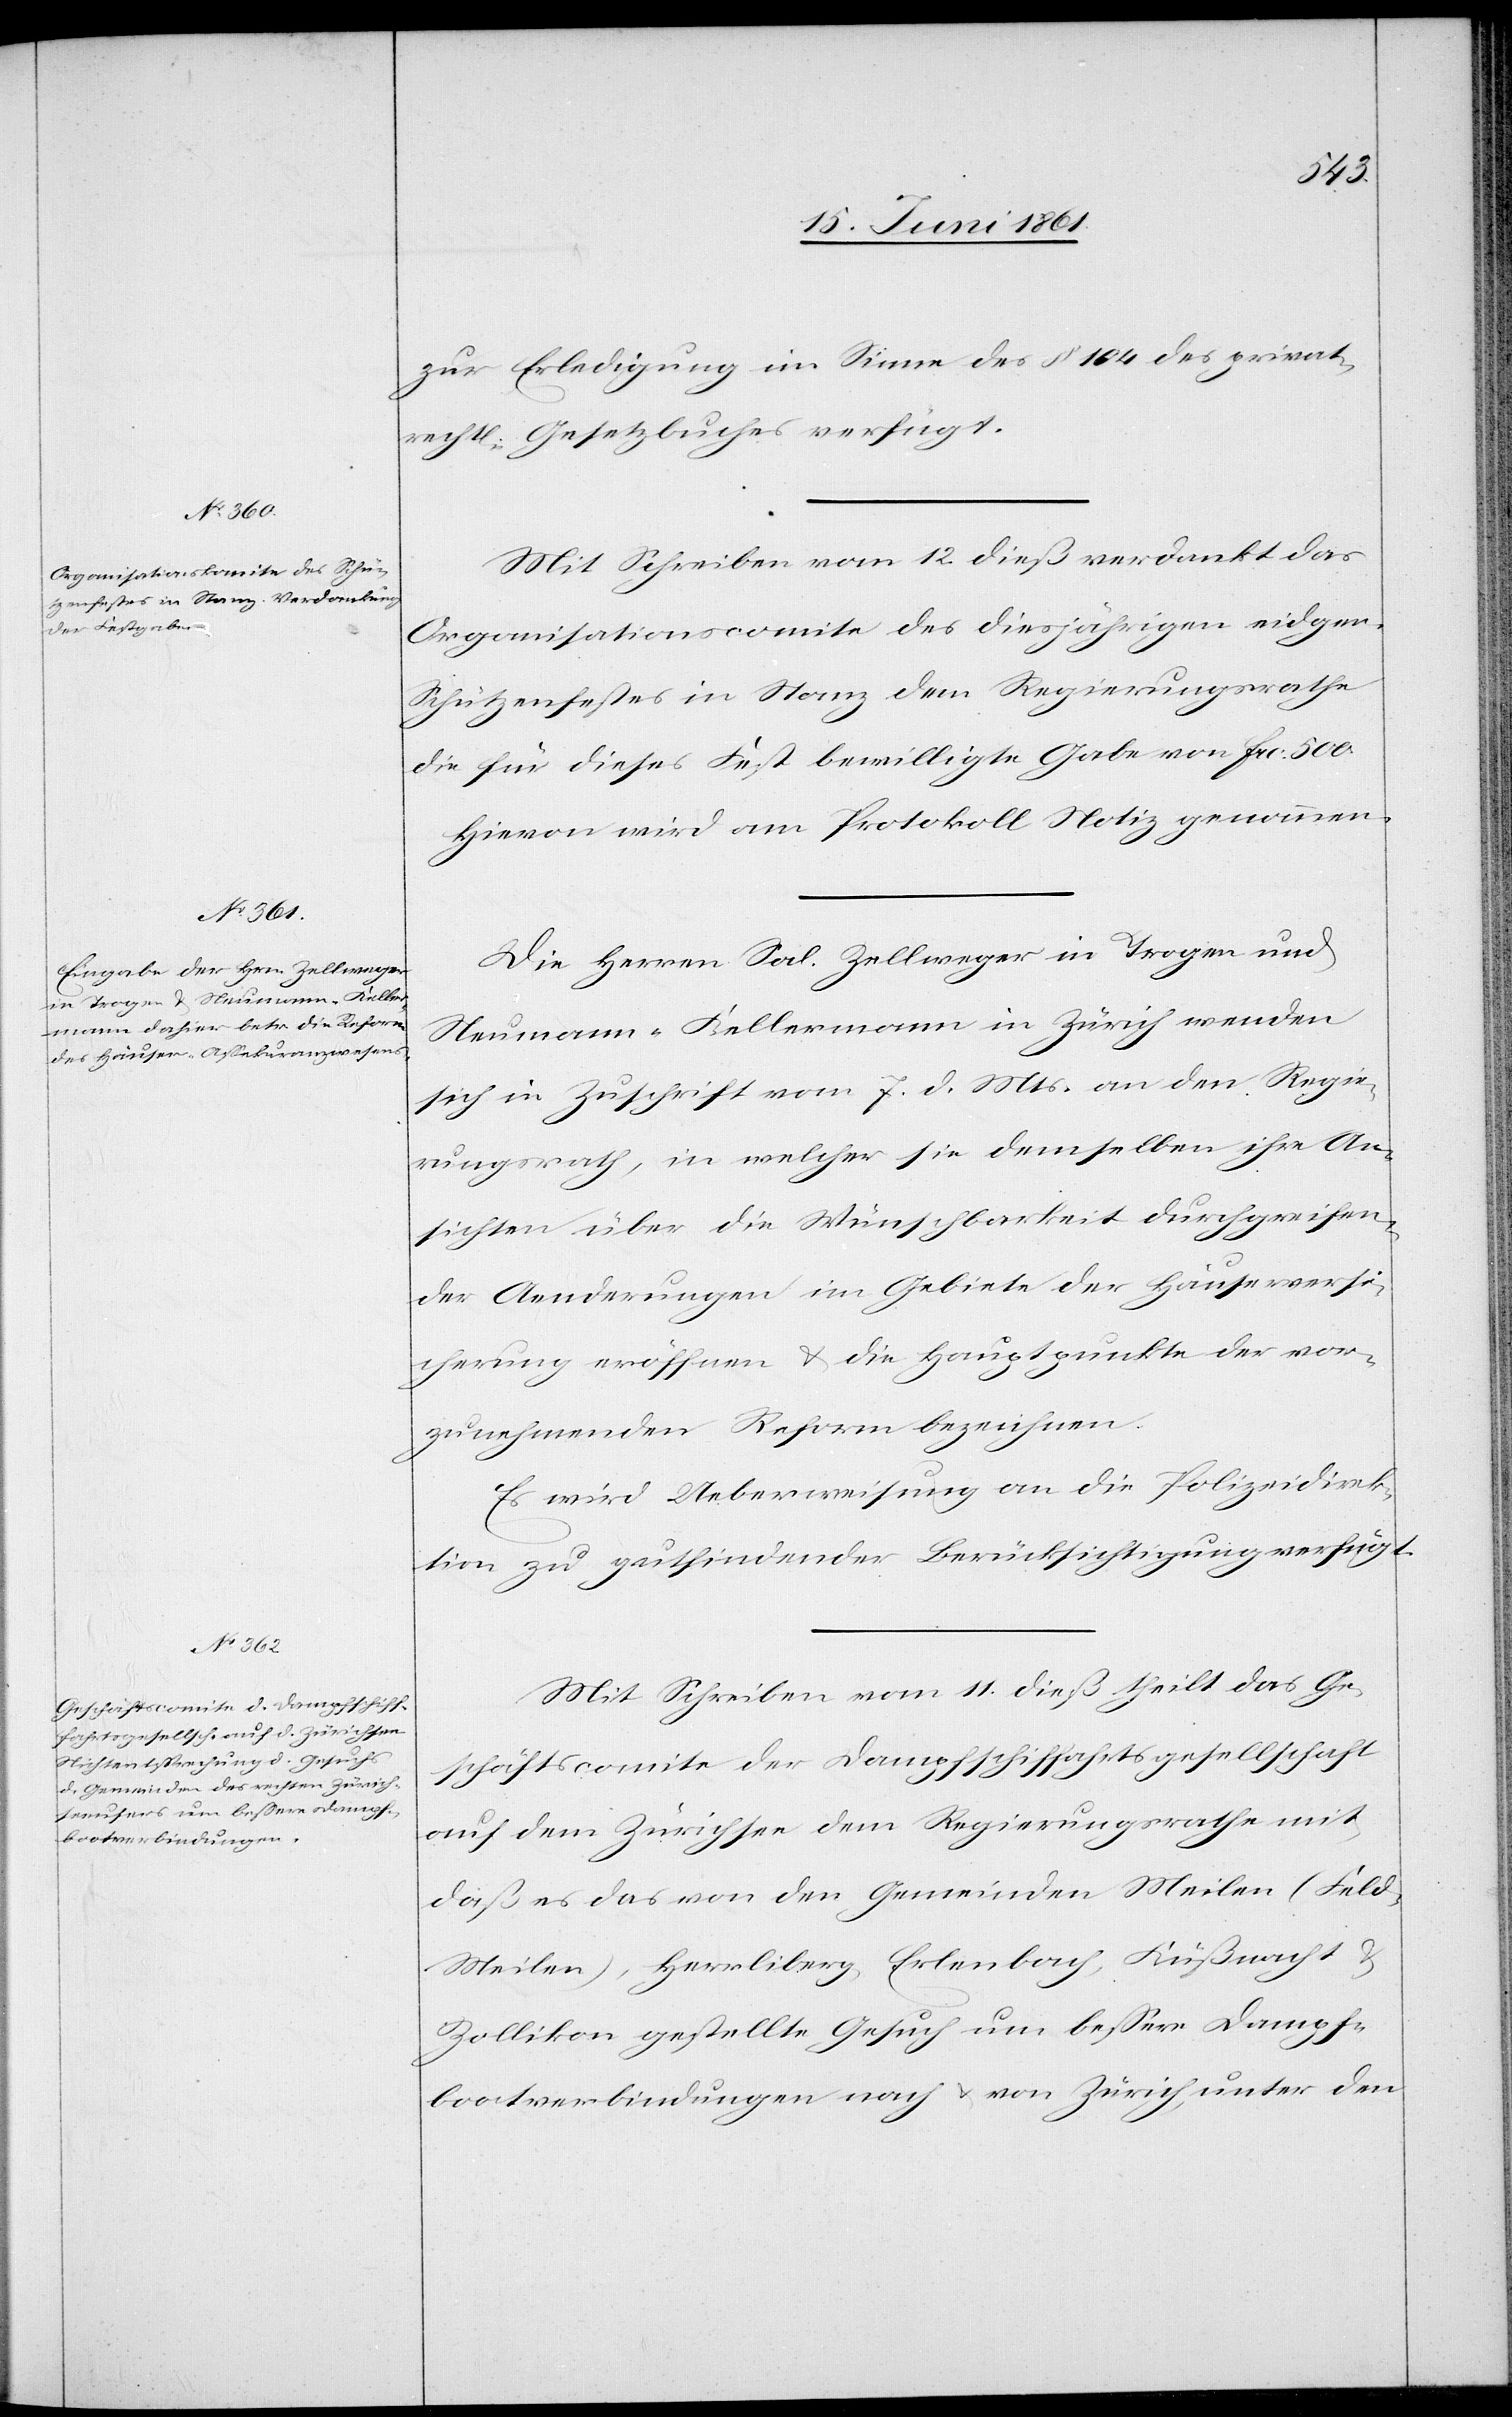
zur Erledigung im Sinne des § 164 des privat¬
rechtl. Gesetzbuches verfügt.
Mit Schreiben vom 12. dieß verdankt das
Organisationscomite des diesjährigen eidgen.
Schützenfestes in Stanz dem Regierungsrathe
die für dieses Fest bewilligte Gabe von frc. 500.
Hievon wird am Protokoll Notiz genommen.
Die Herren Sal. Zellweger in Trogen und
Neumann-Kellermann in Zürich wenden
sich in Zuschrift vom 7. d. Mts. an den Regie¬
rungsrath, in welcher sie demselben ihre An¬
sichten über die Wünschbarkeit durchgreifen¬
der Aenderungen im Gebiete der Hauptversi¬
cherung eröffnen u. die Hauptpunkte der vor¬
zunehmenden Reform bezeichnen.
Es wird Ueberweisung an die Polizeidirek¬
tion zu gutfindender Berücksichtigung verfügt.
Mit Schreiben vom 14. dieß theilt das Ge¬
schäftscomite der Dampfschiffahrtsgesellschaft
auf dem Zürichsee dem Regierungsrathe mit,
daß es das von den Gemeinden Meilen (Fel¬
d-Meilen), Herrliberg, Erlenbach, Küßnacht u.
Zollikon gestellte Gesuch um bessere Dampf¬
bootverbindungen nach u. von Zürich, unter den